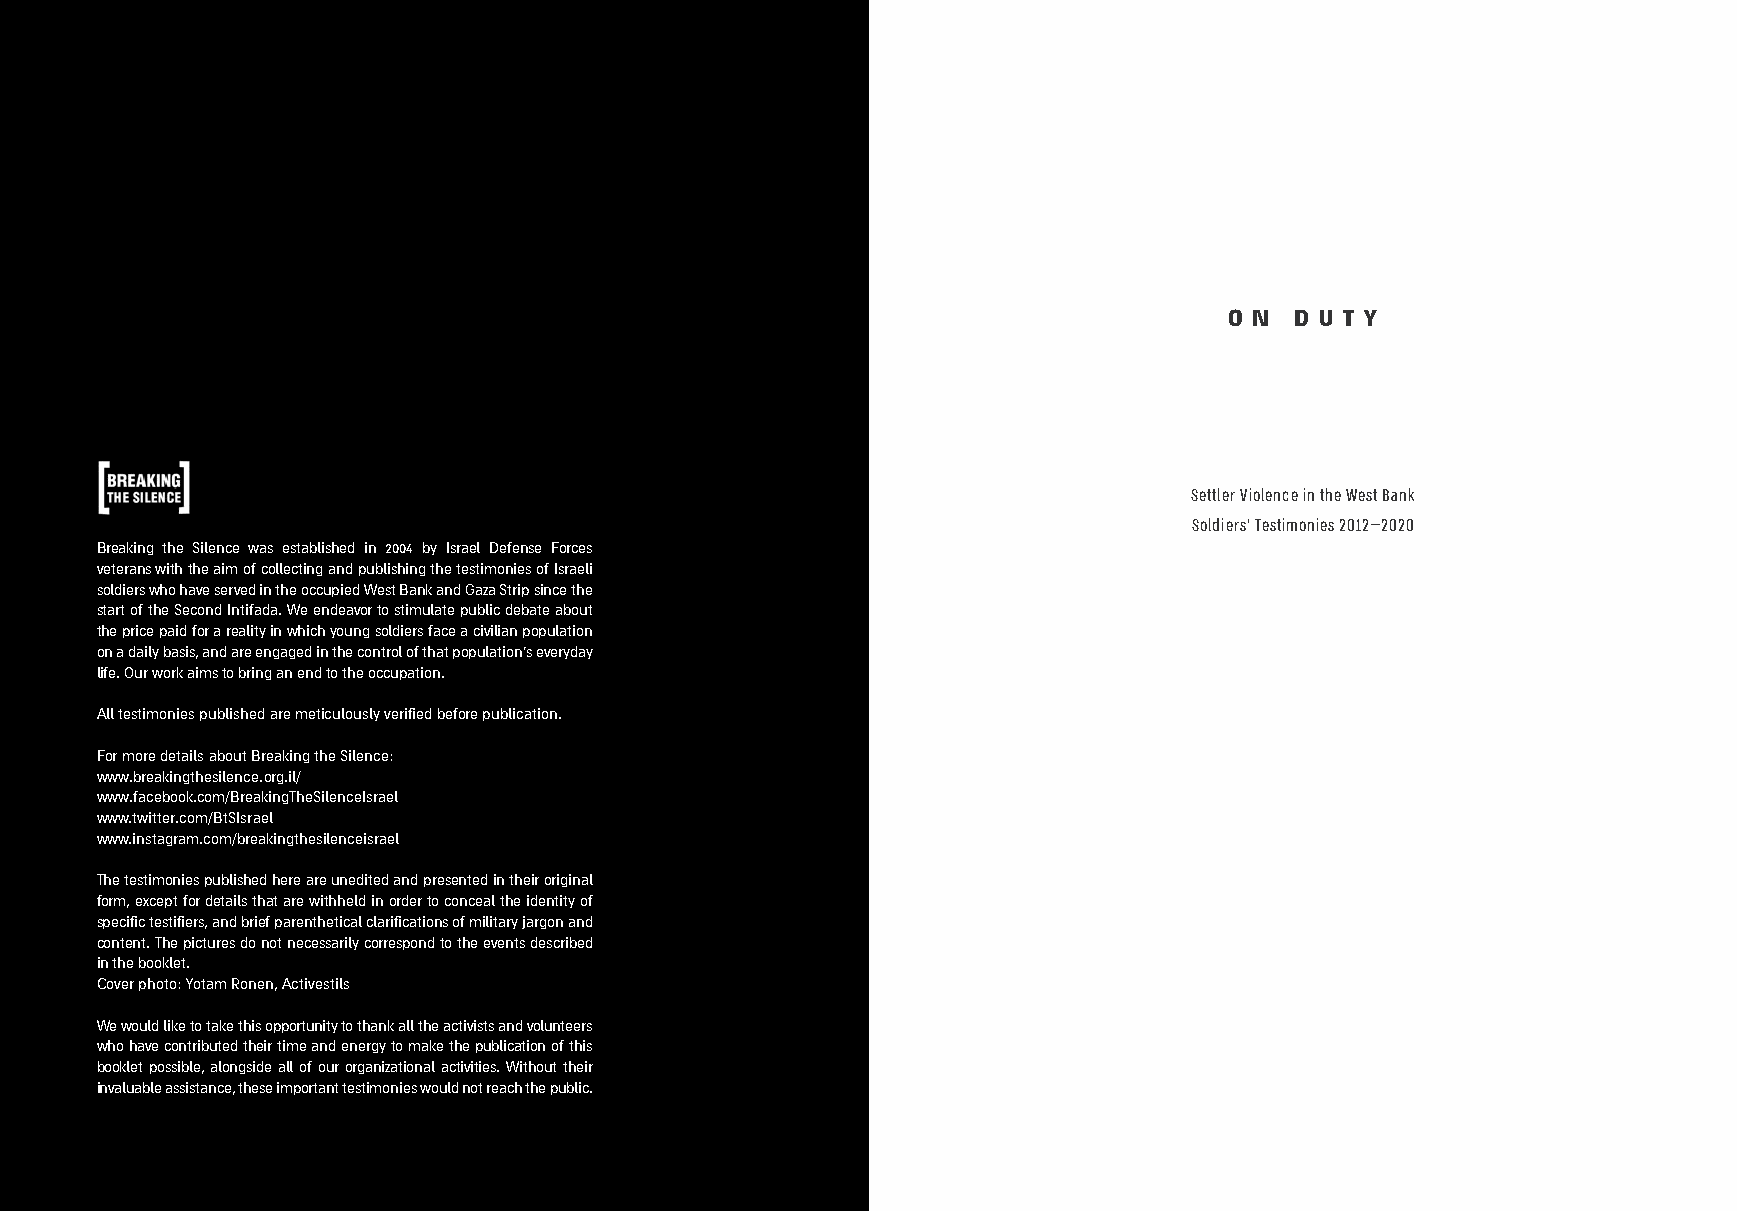
O N  D U T Y
 Settler Violence in the West Bank
 Soldiers' Testimonies 2012–2020
 Breaking the Silence was established in 2004 by Israel Defense Forces
 veterans with the aim of collecting and publishing the testimonies of Israeli
 soldiers who have served in the occupied West Bank and Gaza Strip since the
 start of the Second Intifada. We endeavor to stimulate public debate about
 the price paid for a reality in which young soldiers face a civilian population
 on a daily basis, and are engaged in the control of that population's everyday
 life. Our work aims to bring an end to the occupation.
 All testimonies published are meticulously verified before publication.
 For more details about Breaking the Silence:
 www.breakingthesilence.org.il/
 www.facebook.com/BreakingTheSilenceIsrael
 www.twitter.com/BtSIsrael
 www.instagram.com/breakingthesilenceisrael
 The testimonies published here are unedited and presented in their original
 form, except for details that are withheld in order to conceal the identity of
 specific testifiers, and brief parenthetical clarifications of military jargon and
 content. The pictures do not necessarily correspond to the events described
 in the booklet.
 Cover photo: Yotam Ronen, Activestils
 We would like to take this opportunity to thank all the activists and volunteers
 who have contributed their time and energy to make the publication of this
 booklet possible, alongside all of our organizational activities. Without their
 invaluable assistance, these important testimonies would not reach the public.